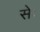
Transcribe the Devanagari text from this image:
सेः